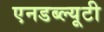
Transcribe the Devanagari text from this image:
एनडब्ल्यूटी